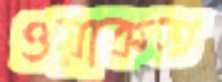
ওয়াকত